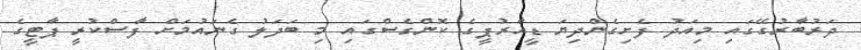
ދަރުބާރުގޭގައި މިއަދު ފެށިގެންދިޔަ ޑީއާރުޕީގެ ކޮންގެސްގައި މި ބަދަލު ގެނައުމަށް ފާސްކުރީ ޕާޓީގެ